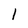
Character: 1